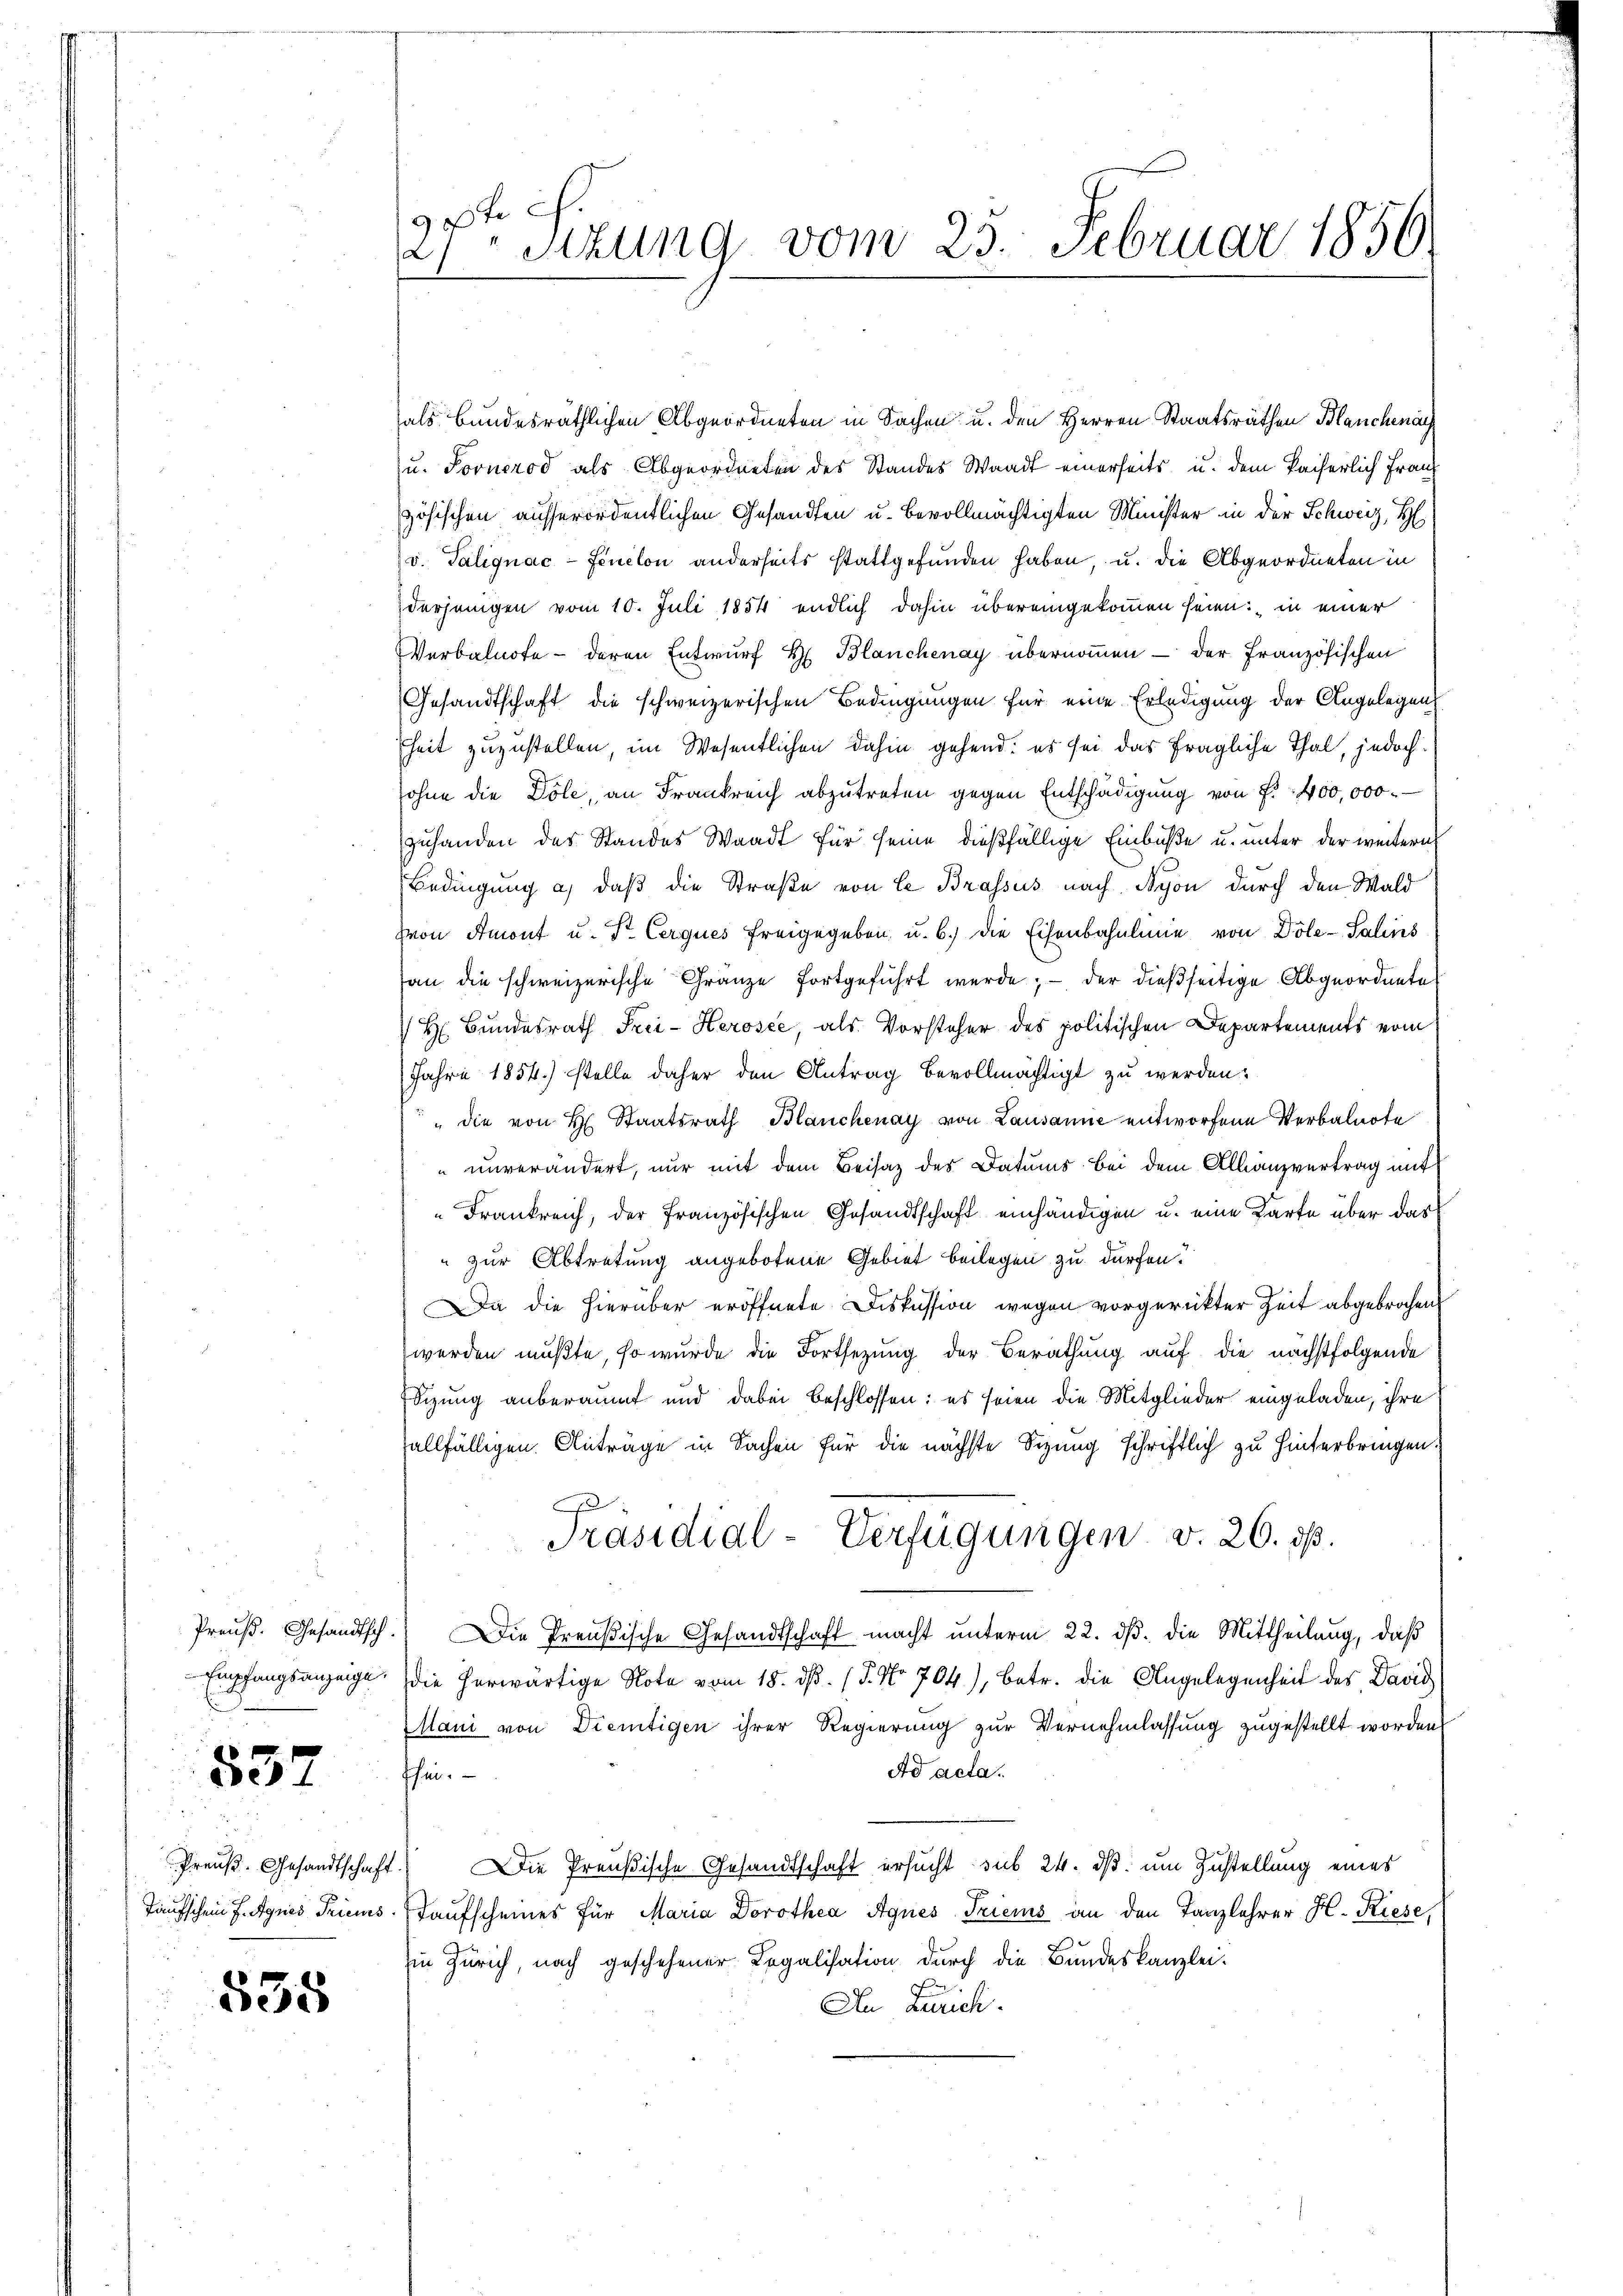
537

535

27ten Sekung vom 25. Februar 1856.

als bundesräthlichen Abgeordneten in Sachen u. den Herren Staatsräthen Blanchenach
u. Fornerod als Abgeordneten des Standes Waadt einerseits u. dem kaiserlich Franz
zösischen ausserordentlichen Gesandten u. bevollmächtigten Minister in der Schweiz, H
v. Talignac-Finelon anderseits stattgefunden haben, u. die Abgeordneten in
derjenigen vom 10. Juli 1854 endlich dahin übereingekommen seien; in einer
Verbalnote - deren Entwurf H Blanchenay übernommen – der Französischen
Gesandtschaft die schweizerischen Bedingungen für eine Erledigung der Angelegens
heit zuzustellen, im Wesentlichen dahin gehend: es sei das fragliche Thal, jedoch
sohne die Döle, an Frankreich abzutreten gegen Entschädigung von f. 400,000.
zuhanden des Standes Waadt für seine dießfällige Einbuße u. unter der weitern
Bedingung a) daß die Straße von le Brassus nach Syon durch den Wald
Hon Amont u. Dr. Cerques freigegeben u. b.) die Eisenbahnlinie von Döle-Salins
an die schweizerische Gränze fortgeführt werde; - der dießseitige Abgeordnete
 H. Bundesrath Frei-Kerosee, als Vorsteher des politischen Departements vom
Jahre 1854.) stelle daher den Antrag bevollmächtigt zu werden.
" die von H. Staatsrath Blanchenay von Lausanne entworfene Verbalnote
unverändert, nur mit dem Beisaz des Datums bei dem Allianzvertrag mit
Frankreich, der Französischen Gesandtschaft einhändigen u. eine Karte über das
 zur Abtretung angebotene Gebiet beilegen zu dürfen.
Da die hierüber eröffnete Diskussion wegen vorgerückter Zeit abgebrochen
werden mußte, so wurde die Fortsetzung der Berathung auf die nächstfolgende
Sizung anberaumt und dabei beschlossen: es seien die Mitglieder eingeladen, ihre
allfälligen Anträge in Sachen für die nächste Sizung schriftlich zu hinterbringen.
Präsidial-Verfügungen v. 26. ds.
Preŭβ. Gesandtsch. Die Preußische Gesandtschaft macht ŭnterm 22. dβ. die Mittheilŭng, daβ
Empfangsanzeige, die herwärtige Note vom 18. dβ. (§. No. 704), betr. die Angelegenheit des David
Mani von Dientigen ihrer Regierung zur Vernehmlassung zugestellt worden
Ad acta.
shin.
Preuß. Gesandtschaft.) Die Preußische Gesandtschaft ersucht sub 24. dß um Zustellung eines
Taufschein J. Agnes Triens. Kaufscheines für Maria Dorothea Agnes Triens an den Tanzlehrer H. Riese
in Zürich, nach geschehener Legalisation durch die Bundeskanzlei.
An Zürich.